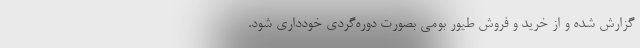
گزارش شده و از خرید و فروش طیور بومی بصورت دوره‌گردی خودداری شود.